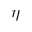
\eta